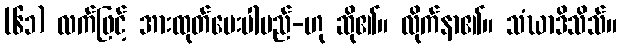
(၆၁) လက်ဖြင့် အားထုတ်ပေးပါမည်-ဟု ဆို၏။ လိုက်နာ၏။ သံဃာဒိသိသ်။